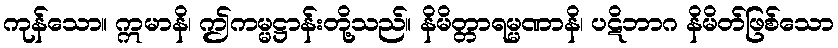
ကုန်သော။ ဣမာနိ၊ ဤကမ္မဋ္ဌာန်းတို့သည်။ နိမိတ္တာရမ္မဏာနိ၊ ပဋိဘာဂ နိမိတ်ဖြစ်သော